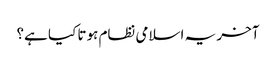
آخر یہ اسلامی نظام ہوتا کیا ہے؟